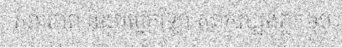
សុខភាព និងបច្ចេកវិទ្យា សាកល្បងភ្លក់ម្ហូប